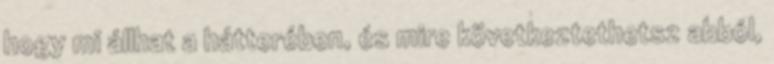
hogy mi állhat a hátterében, és mire következtethetsz abból,